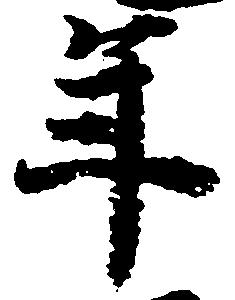
年